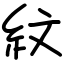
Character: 紋